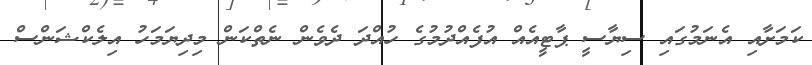
ކަމަށާއި އެނަމުގައި ސިޔާސީ ޕާޓީއެއް އުފެއްދުމުގެ ހުއްދަ ދެވެން ނެތްކަން މިދިޔަމަހު އިލެކްޝަންސް